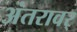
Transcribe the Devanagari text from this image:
अंतरावर्